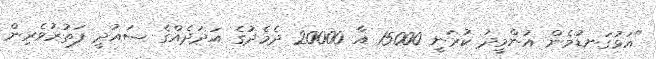
"އަޅުގަނޑުމެން އުންމީދު ކުރަނީ 15000 އާ 20000 ދެމެދުގެ އަދަދެއްގެ ސައުދީ ފަތުރުވެރިން